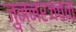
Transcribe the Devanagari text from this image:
जुन्नरजवळ